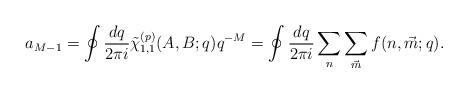
LaTeX: \begin{align*}a_{M-1} = \oint\frac{dq}{2\pi{i}}{\tilde{\chi}}_{1,1}^{(p)}(A,B;q)q^{-M} =\oint\frac{dq}{2\pi{i}}\sum_{n}\sum_{\vec{m}}f(n,\vec{m};q).\end{align*}